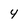
Character: 4